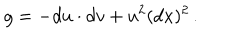
LaTeX: g = - d u \cdot d v + u ^ { 2 } ( d x ) ^ { 2 } \, .